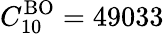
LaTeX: C_{10}^{\mathrm{BO}}=49033